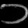
Digit: ၁